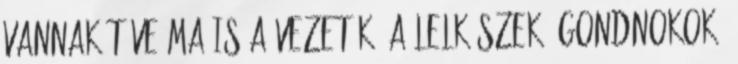
vannak téve ma is a vezetők, a lelkészek, gondnokok,